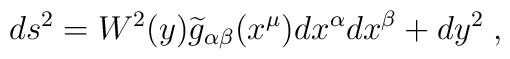
ds^{2}=W^{2}(y)\widetilde{g}_{\alpha \beta }(x^{\mu })dx^{\alpha }dx^{\beta}+dy^{2}\;,